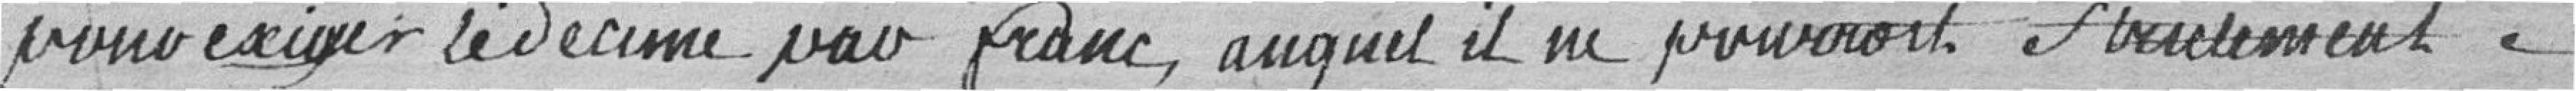
pour exiger le décime par franc auquel il ne pourrait strictement